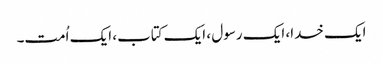
ایک خدا، ایک رسول ، ایک کتاب، ایک اُمت۔